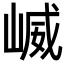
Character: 𫶆